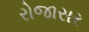
રોજાસર